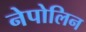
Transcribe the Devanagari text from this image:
नेपोलिन